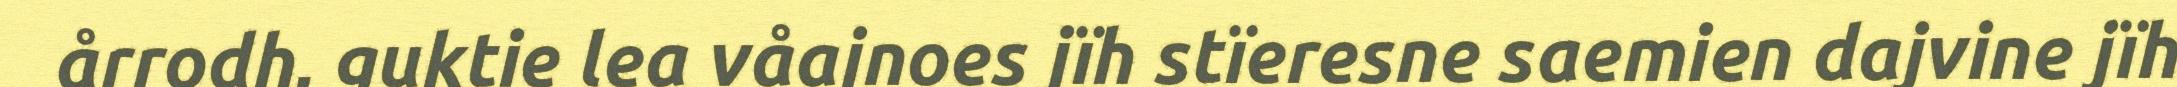
årrodh, guktie lea våajnoes jïh stïeresne saemien dajvine jïh